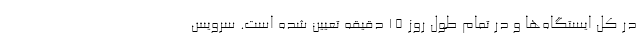
در کُل ایستگاه‌ها و در تمام طول روز ۱۵ دقیقه تعیین شده است. سرویس